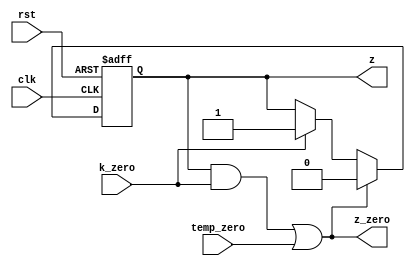
module z_counter_L4(z,z_zero,clk,rst,k_zero,temp_zero);
output reg  z;
output wire z_zero;
input clk,rst,k_zero,temp_zero;
always @ (posedge clk or negedge rst)
	begin
		if (!rst )
			begin z<=0;  end
		else if((z&& k_zero)||temp_zero)
					z<=0;
		else if(k_zero)
			begin z<=1'b1;  end
	end
assign z_zero=z&& k_zero||temp_zero;

endmodule